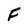
Character: F